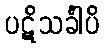
ပဋိသင်္ခါပိ